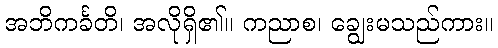
အဘိကင်္ခတိ၊ အလိုရှိ၏။ ကညာစ၊ ချွေးမသည်ကား။